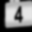
Digit: 4